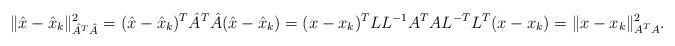
LaTeX: \begin{align*} \| \hat{x} - \hat{x}_{k} \|^2_{\hat{A}^T\hat{A}} = (\hat{x} - \hat{x}_{k})^T \hat{A}^T\hat{A} (\hat{x} - \hat{x}_{k}) = (x - x_k)^T L L^{-1} A^TA L^{-T} L^T (x - x_k) = \| {x} - {x}_{k} \|^2_{{A}^T{A}}.\end{align*}